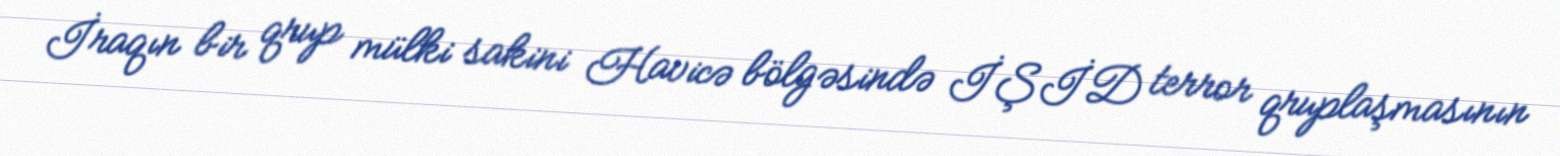
İraqın bir qrup mülki sakini Havicə bölgəsində İŞİD terror qruplaşmasının